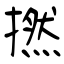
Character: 撚